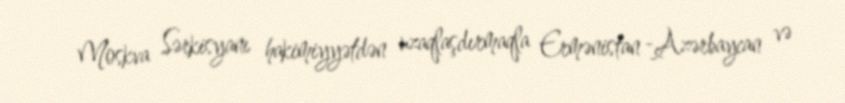
Moskva Sərkisyanı hakimiyyətdən uzaqlaşdırmaqla Ermənistan -Azərbaycan və